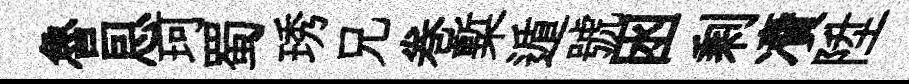
魯㤙珂蜀琇兄巻槧遁號囦剩凟陞